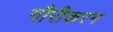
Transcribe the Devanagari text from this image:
गौरीकरन